Leaving Certificate, 1899
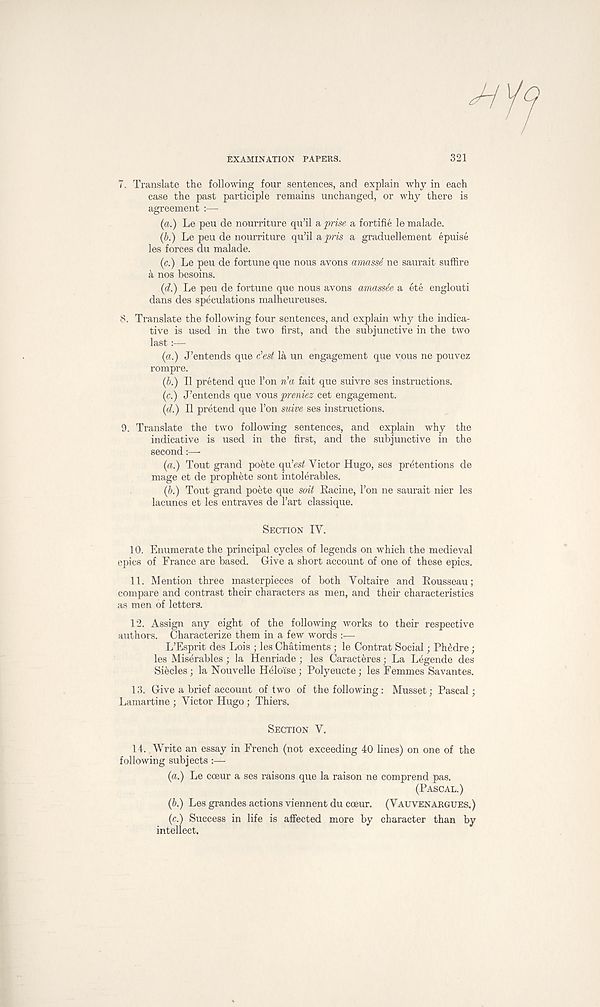
EXAMINATION PAPERS.
321
7. Translate the following four sentences, and explain why in each
case the past participle remains unchanged, or why there is
agreement :—
(a.) Le peu de nourriture qu’il apprise a fortifie lemalade.
(b.) Le peu de nourriture qu’il a pris a graduellement epuise
les forces du malade.
(c.) Le peu de fortune que nous avons amasse ne saurait suffire
a nos hesoins.
(d.) Le peu de fortune que nous avons amasste a ete englouti
dans des speculations malheureuses.
8. Translate the following four sentences, and explain why the indica-
tive is used in the two first, and the subjunctive in the two
last :—
(a.) J’entends que c'est la un engagement que yous ne pouvez
rompre.
(b.) II pretend que Ton n’a fait que suivre ses instructions.
(c.) J’entends que vous preniez cet engagement.
(d.) II pretend que 1’on suive ses instructions.
9. Translate the two following sentences, and explain why the
indicative is used in the first, and the subjunctive in the
second:—
(a.) Tout grand poete
Victor Hugo, ses pretentions de
mage et de prophete sont mtolerables.
(b.) Tout grand poete que soil Racine, 1’on ne saurait nier les
lacunes et les entraves de 1’art classique.
SECTION IV.
10. Enumerate the principal cycles of legends on which the medieval
epics of France are based. Give a short account of one of these epics.
11. Mention three masterpieces of both Voltaire and Rousseau;
compare and contrast their characters as men, and their characteristics
as men of letters.
12. Assign any eight of the following works to their respective
authors. Characterize them in a few words :—
L’Esprit des Lois ; les Chatiments; le Contrat Social; Phedre;
les Miserables ; la Henriade ; les Caracteres; La Legende des
Siecles; la Nouvelle Helo'ise; Polyeucte; les Femmes Savantes.
13. Give a brief account of two of the following: Musset; Pascal;
Lamartine ; Victor Hugo; Thiers.
SECTION V,
14. Write an essay in French (not exceeding 40 lines) on one of the
following subjects :—
{a.) Le cceur a ses raisons que la raison ne comprend pas.
(PASCAL.)
(6.) Les grandes actions viennent du coeur. (VAU YEN ARGUES.)
(c.) Success in life is affected more by character than by
intellect.